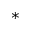
^ \ast